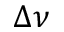
\Delta \nu